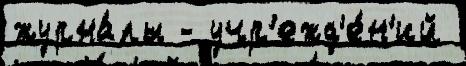
журна́лы - учр'ежд'е́н'ий